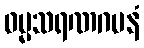
ဓမ္မသရဏဂမနံ